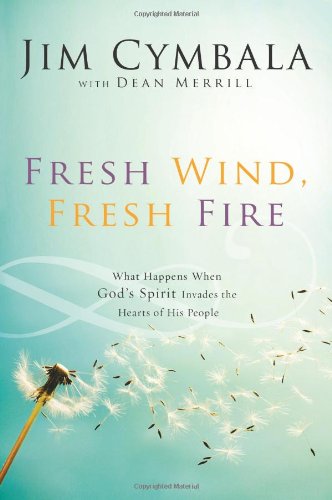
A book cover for Fresh Wind, Fresh Fire: What Happens When God's Spirit Invades the Hearts of His People; Jim Cymbala; Christian Books & Bibles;